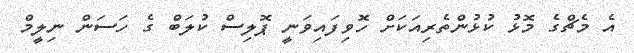
އެ މެޗްގެ މޮޅު ކުޅުންތެރިއަކަށް ހޮވިފައިވަނީ ޕޮލިސް ކުލަބް ގެ ހަސަން ނިލީމް